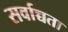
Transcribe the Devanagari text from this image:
सर्वाच्चता